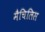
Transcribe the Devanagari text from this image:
मैचिलिस